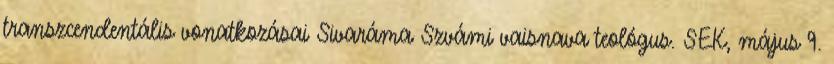
transzcendentális vonatkozásai Sivaráma Szvámi vaisnava teológus. SEK, május 9.